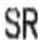
SR